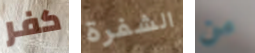
كفر الشفرة من